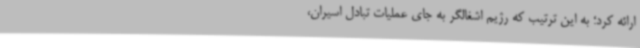
ارائه کرد؛ به این ترتیب که رژیم اشغالگر به جای عملیات تبادل اسیران،